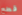
قطع